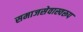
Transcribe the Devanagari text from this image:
समाजसेवास्वरूप